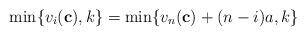
LaTeX: \begin{align*}\min\{ v_i(\mathbf{c}), k \} = \min \{v_n(\mathbf{c}) + (n-i) a, k \}\end{align*}